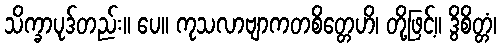
သိက္ခာပုဒ်တည်း။ ပေ။ ကုသလာဗျာကတစိတ္တေဟိ၊ တို့ဖြင့်။ ဒွိစိတ္တံ၊